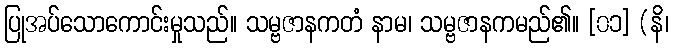
ပြုအပ်သောကောင်းမှုသည်။ သမ္ဗဇာနကတံ နာမ၊ သမ္ဗဇာနကမည်၏။ [၀၁] (နိ၊